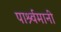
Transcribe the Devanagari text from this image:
पार्श्र्वमानी